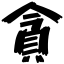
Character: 貪